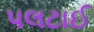
પલટાઈ